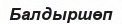
Балдыршөп